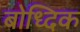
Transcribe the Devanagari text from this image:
बोध्दिक